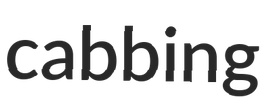
cabbing